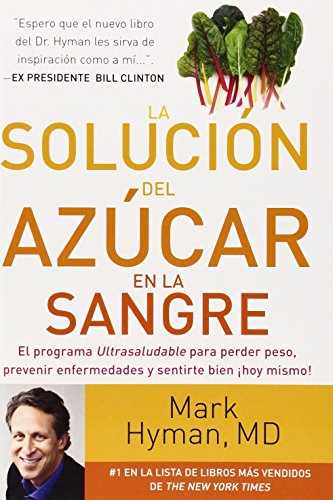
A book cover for La soluciÃ³n del azÃºcar en la sangre (Spanish Edition); Mark Hyman; Health, Fitness & Dieting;